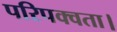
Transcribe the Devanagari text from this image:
परिपक्वता।